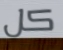
كل